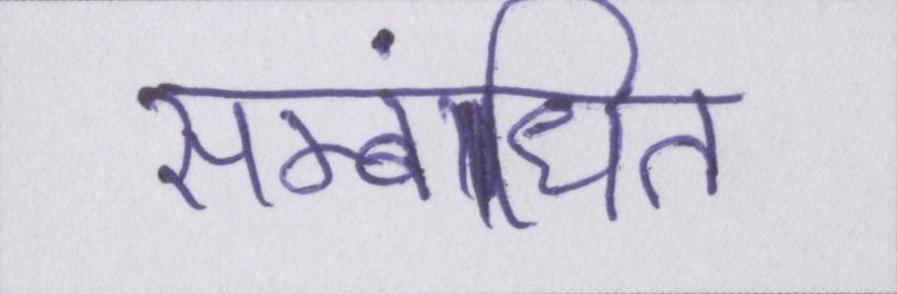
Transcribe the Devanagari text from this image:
सम्बंधित